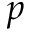
\boldsymbol { p }